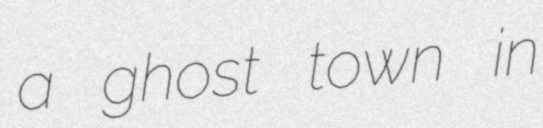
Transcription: a ghost town in